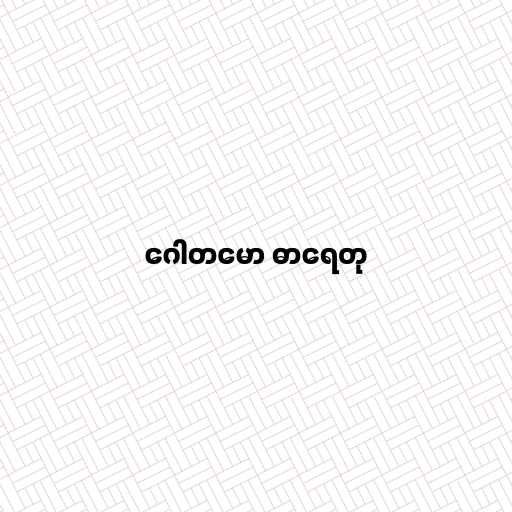
ဂေါတမော ဓာရေတု